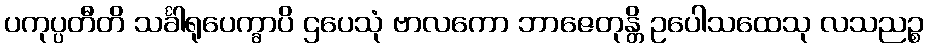
ပကုပ္ပတီတိ သင်္ခါရုပေက္ခာပိ ဌပေသုံ ဗာလကော ဘာဇေတုန္တိ ဥပေါသထေသု လသညဉ္စ